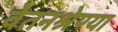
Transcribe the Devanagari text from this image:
वेतनश्रेण्या